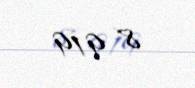
8 919